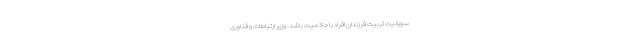
سوولیت تربیت فرزندان افراد با حاکمیت باشد. وزیر ارتباطات و فناوری